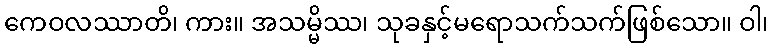
ကေဝလဿာတိ၊ ကား။ အသမ္မိဿ၊ သုခနှင့်မရောသက်သက်ဖြစ်သော။ ဝါ၊